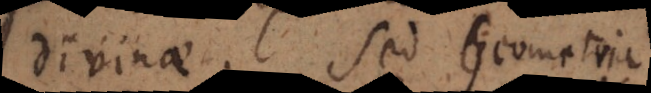
divinae. Sed Geometria